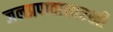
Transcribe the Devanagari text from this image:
जलप्रपातासारखी